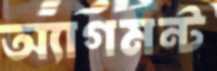
অ্যাগমন্ট